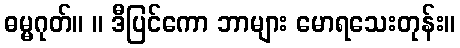
ဓမ္မဂုတ်။ ။ ဒီပြင်ကော ဘာများ မောရသေးတုန်း။